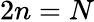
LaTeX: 2n=N